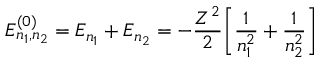
E _ { n _ { 1 } , n _ { 2 } } ^ { ( 0 ) } = E _ { n _ { 1 } } + E _ { n _ { 2 } } = - { \frac { Z ^ { 2 } } { 2 } } { \Bigg [ } { \frac { 1 } { n _ { 1 } ^ { 2 } } } + { \frac { 1 } { n _ { 2 } ^ { 2 } } } { \Bigg ] }